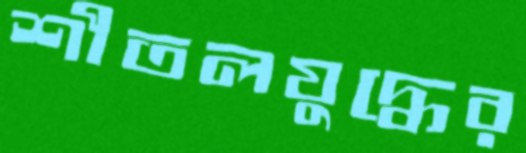
শীতলযুদ্ধের